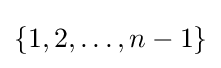
\{1,2,\ldots ,n-1\}